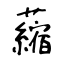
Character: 𧃴